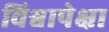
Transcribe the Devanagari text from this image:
विश्वापेक्षा